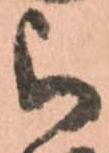
被